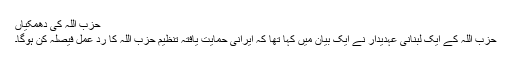
حزب اللہ کی دھمکیاں
حزب اللہ کے ایک لبنانی عہدیدار نے ایک بیان میں کہا تھا کہ ایرانی حمایت یافتہ تنظیم حزب اللہ کا رد عمل فیصلہ کن ہوگا۔